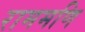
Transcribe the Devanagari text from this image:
राममणि